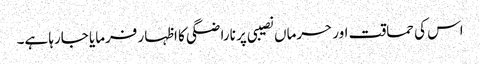
اس کی حماقت اور حرماں نصیبی پر ناراضگی کا اظہار فرمایا جارہا ہے۔